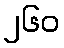
၂၆၀